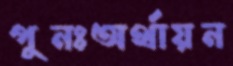
পুনঃঅর্থায়ন